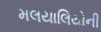
મલયાલિયોની